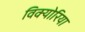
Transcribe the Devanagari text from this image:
विक्योरिया